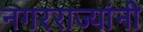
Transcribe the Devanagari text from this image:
नगरराज्यांनी